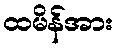
ထမိန်အား